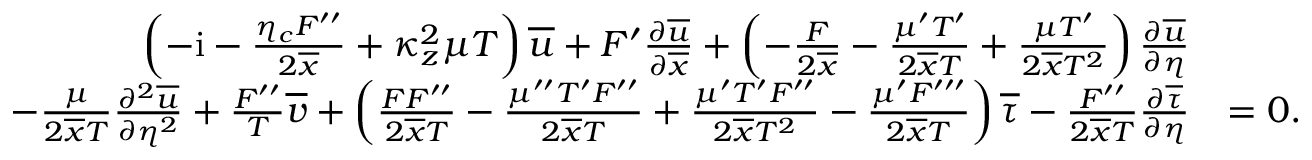
\begin{array} { r l } { \left( - \mathrm { i } - \frac { \eta _ { c } F ^ { \prime \prime } } { 2 \overline { { x } } } + \kappa _ { z } ^ { 2 } \mu T \right) \overline { { u } } + F ^ { \prime } \frac { \partial \overline { { u } } } { \partial \overline { { x } } } + \left( - \frac { F } { 2 \overline { { x } } } - \frac { \mu ^ { \prime } T ^ { \prime } } { 2 \overline { { x } } T } + \frac { \mu T ^ { \prime } } { 2 \overline { { x } } T ^ { 2 } } \right) \frac { \partial \overline { { u } } } { \partial \eta } } & { } \\ { - \frac { \mu } { 2 \overline { { x } } T } \frac { \partial ^ { 2 } \overline { { u } } } { \partial \eta ^ { 2 } } + \frac { F ^ { \prime \prime } } { T } \overline { { v } } + \left( \frac { F F ^ { \prime \prime } } { 2 \overline { { x } } T } - \frac { \mu ^ { \prime \prime } T ^ { \prime } F ^ { \prime \prime } } { 2 \overline { { x } } T } + \frac { \mu ^ { \prime } T ^ { \prime } F ^ { \prime \prime } } { 2 \overline { { x } } T ^ { 2 } } - \frac { \mu ^ { \prime } F ^ { \prime \prime \prime } } { 2 \overline { { x } } T } \right) \overline { { \tau } } - \frac { F ^ { \prime \prime } } { 2 \overline { { x } } T } \frac { \partial \overline { { \tau } } } { \partial \eta } } & { = 0 . } \end{array}